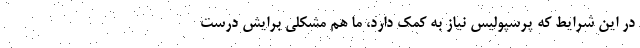
در اين شرايط كه پرسپوليس نياز به كمك دارد، ما هم مشكلي برايش درست